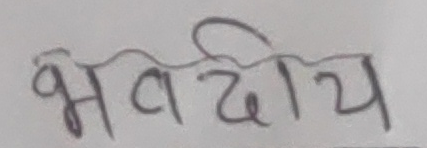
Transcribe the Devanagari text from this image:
भवदीय